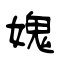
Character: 媿